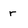
Character: r